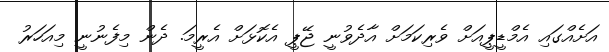
އަށެއްގައި އެމްޑީޕީއަށް ވެރިކަމަށް އާދެވުނީ ޖޭޕީ އެކޮޅަށް އެރީމަ. ދެން މިފެނުނީ މިއަހަރު